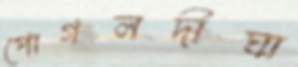
পোগলদীঘা